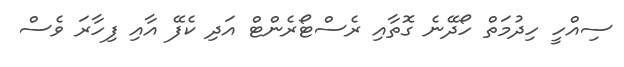
ސިއްހީ ހިދުމަތް ހޯދޭނެ ގޮތާއި ރެސްޓޯރެންޓް އަދި ކެފޭ އާއި ފިހާރަ ވެސް